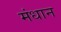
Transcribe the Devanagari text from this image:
मंधान